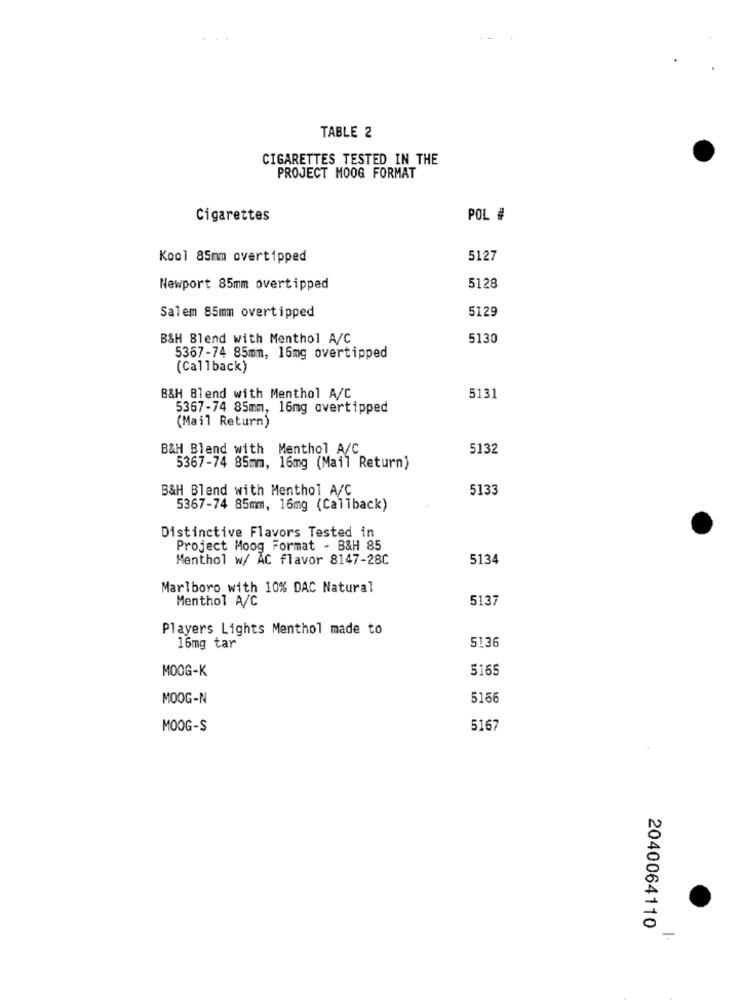
TABLE 2
CIGARETTES TESTED IN THE
PROJECT MOOG FORMAT
Cigarettes
POL #
Kool 85mm overtipped
5127
Newport 85mm overtipped
5128
Salem 85mm overtipped
5129
B&H Blend with Menthol A/C
5130
5367-74 85mm, 16mg overtipped
(Callback)
B&H Blend with Menthol A/C
5131
5367-74 85mm, 16mg overtipped
(Mail Return)
B&H Blend with Menthol A/C
5132
5367-74 85mm, 16mg (Mail Return)
B&H Blend with Menthol A/C
5133
5367-74 85mm, 16mg (Callback)
Distinctive Flavors Tested in
Project Moog Format - B&H 85
Menthol w/ AC flavor 8147-28C
5134
Marlboro with 10% DAC Natural
Menthol A/C
5137
Players Lights Menthol made to
5136
16mg tar
MOOG-K
5165
MOOG-N
5166
MOOG-S
5167
2040064110
-